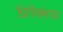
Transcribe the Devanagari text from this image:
प्रिपेक्श्य